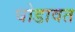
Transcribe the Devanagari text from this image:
घोडावत